Reports on dispensaries and lunatic asylums in the Province of Oudh - 1869-1876
Year: 1869
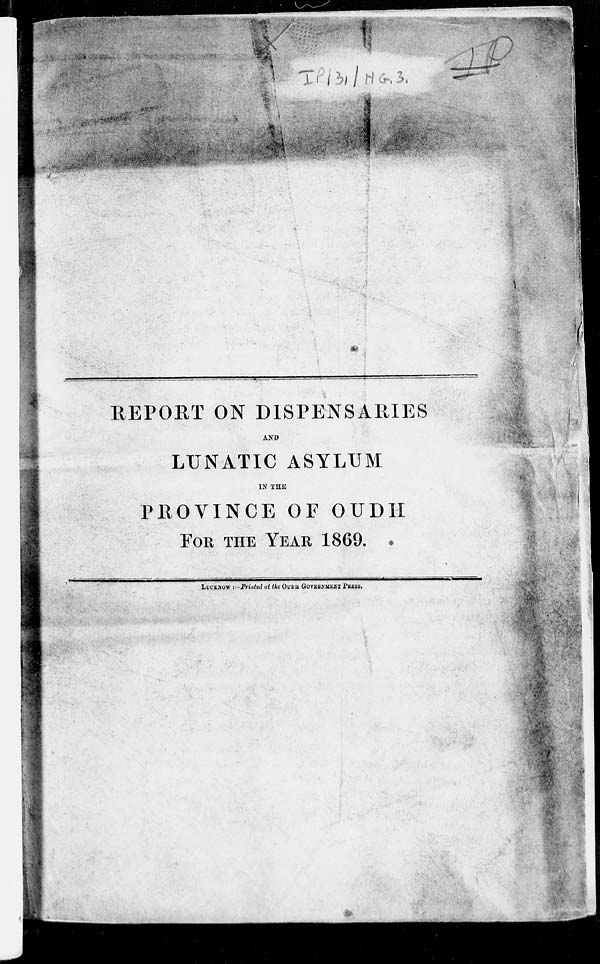
REPORT ON DISPENSARIES
AND
LUNATIC ASYLUM
IN THE
PROVINCE OF OUDH
FOR THE YEAR 1869.
LUCKNOW :--Printed at the OUDH GOVERNMENT PRESS.